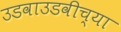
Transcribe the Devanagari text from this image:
उडवाउडवीच्या